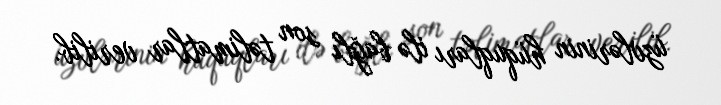
üzvlərinin hüquqları ilə bağlı son təlimatlar verilib.